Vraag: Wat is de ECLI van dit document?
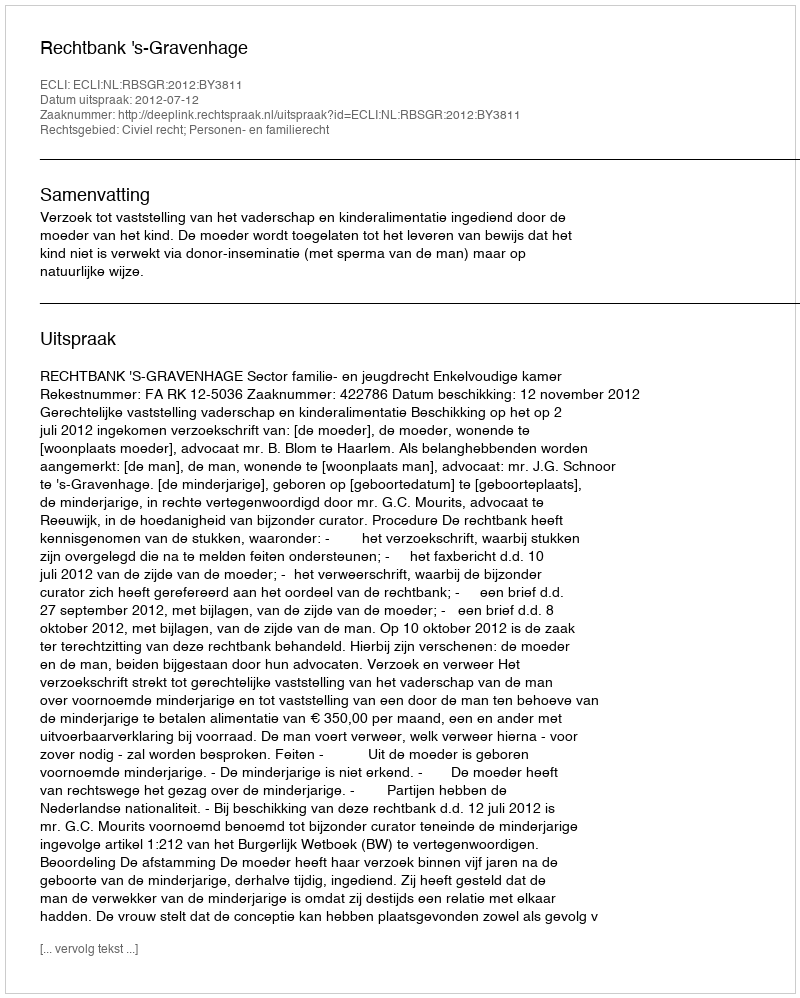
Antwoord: ECLI:NL:RBSGR:2012:BY3811